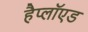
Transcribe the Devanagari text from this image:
हैप्लॉएड